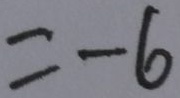
= - 6